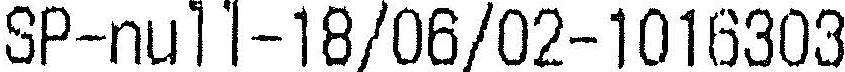
SP-NULL-18/06/02-1016303